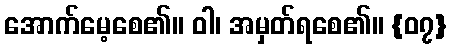
အောက်မေ့စေ၏။ ဝါ၊ အမှတ်ရစေ၏။ {၀၇}